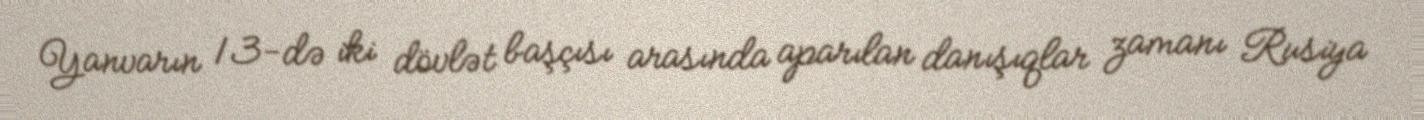
Yanvarın 13-də iki dövlət başçısı arasında aparılan danışıqlar zamanı Rusiya